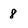
Character: 8